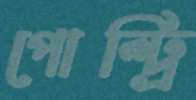
পোল্ট্রি